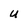
Character: U